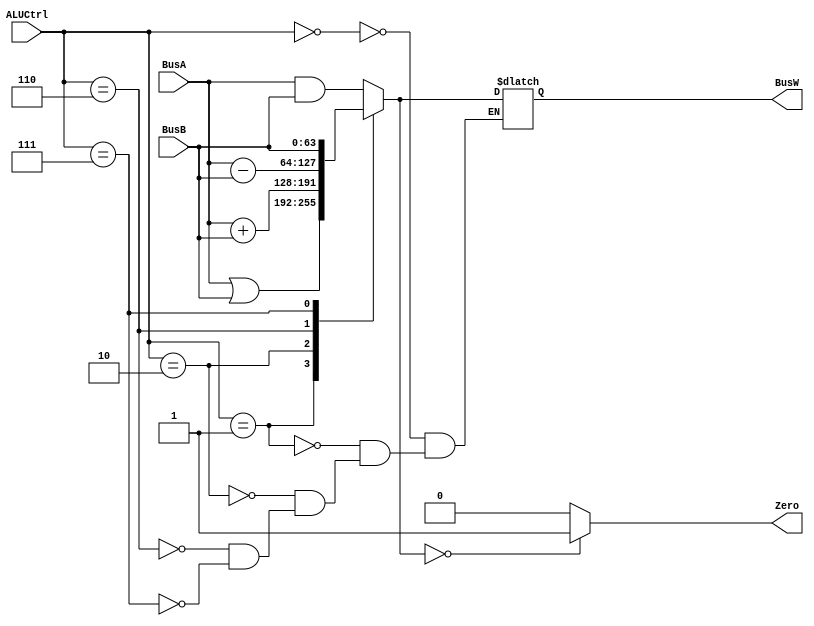
`define AND   4'b0000
`define OR    4'b0001
`define ADD   4'b0010
`define SUB   4'b0110
`define PassB 4'b0111


module ALU(BusW, BusA, BusB, ALUCtrl, Zero);
    
    output  [63:0] BusW;
    input   [63:0] BusA, BusB;
    input   [3:0] ALUCtrl;
    output  reg Zero;
    
    reg     [63:0] BusW;
    
    always @(ALUCtrl or BusA or BusB) begin
        case(ALUCtrl)
            `AND: BusW = BusA & BusB;
	    `OR: BusW = BusA | BusB;
	    `ADD: BusW = BusA + BusB;
	    `SUB: BusW = BusA - BusB;
	    `PassB: BusW = BusB;
        endcase
	if(BusW == 64'b0) Zero = 1;
	else Zero = 0;
    end

endmodule